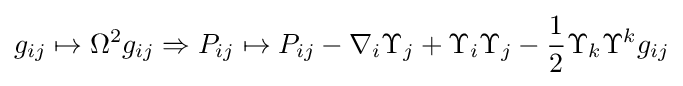
g_{ij}\mapsto \Omega ^{2}g_{ij}\Rightarrow P_{ij}\mapsto P_{ij}-\nabla _{i}\Upsilon _{j}+\Upsilon _{i}\Upsilon _{j}-{\frac {1}{2}}\Upsilon _{k}\Upsilon ^{k}g_{ij}